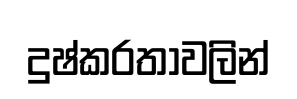
දුෂ්කරතාවලින්